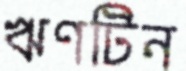
ঋণটিন